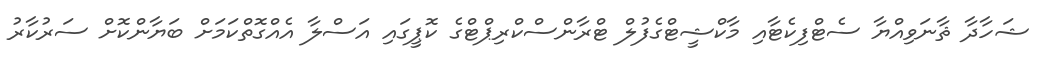
ޝަހާދާ ޘާނަވިއްޔާ ސެޓްފިކެޓާއި މާކްޝީޓްގެފުލް ޓްރާންސްކްރިޕްޓްގެ ކޮޕީގައި އަސްލާ އެއްގޮތްކަމަށް ބަޔާންކޮށް ސަރުކާރު